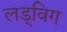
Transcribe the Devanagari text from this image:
लड्विग